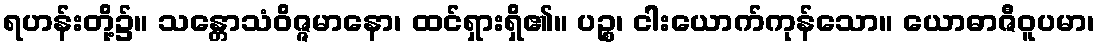
ရဟန်းတို့၌။ သန္တောသံဝိဇ္ဇမာနော၊ ထင်ရှားရှိ၏။ ပဉ္စ၊ ငါးယောက်ကုန်သော။ ယောဓာဇီဝူပမာ၊